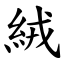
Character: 絨